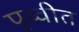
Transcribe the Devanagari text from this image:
पृथ्वीत